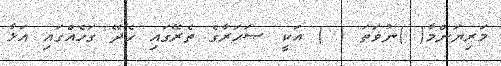
މަރިޔަންމާ( )ނުވަތަ ( ) އަކީ ޞަޙަރާގެ ތެރޭގައި ހެދޭ ގަހެއްގައި އަޅާ